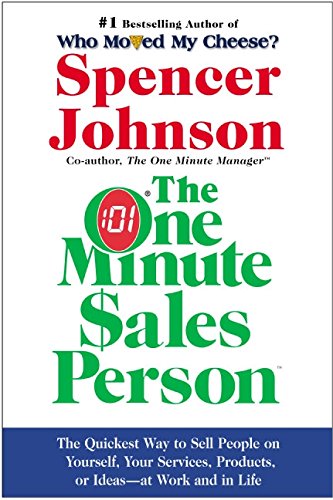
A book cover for The One Minute Sales Person; Spencer Johnson; Business & Money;